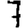
Digit: 7